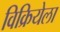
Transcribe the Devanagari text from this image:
विक्रियेला